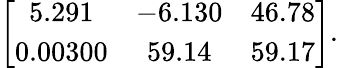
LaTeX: \left[{\begin{array}{ccc}{5.291}&{-6.130}&{46.78}\\ {0.00300}&{59.14}&{59.17}\end{array}}\right].